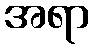
အရာ